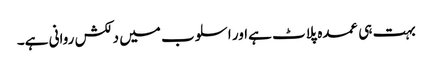
بہت ہی عمدہ پلاٹ ہےاور اسلوب میں دلکش روانی ہے۔